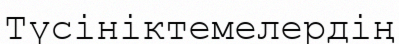
Түсініктемелердің